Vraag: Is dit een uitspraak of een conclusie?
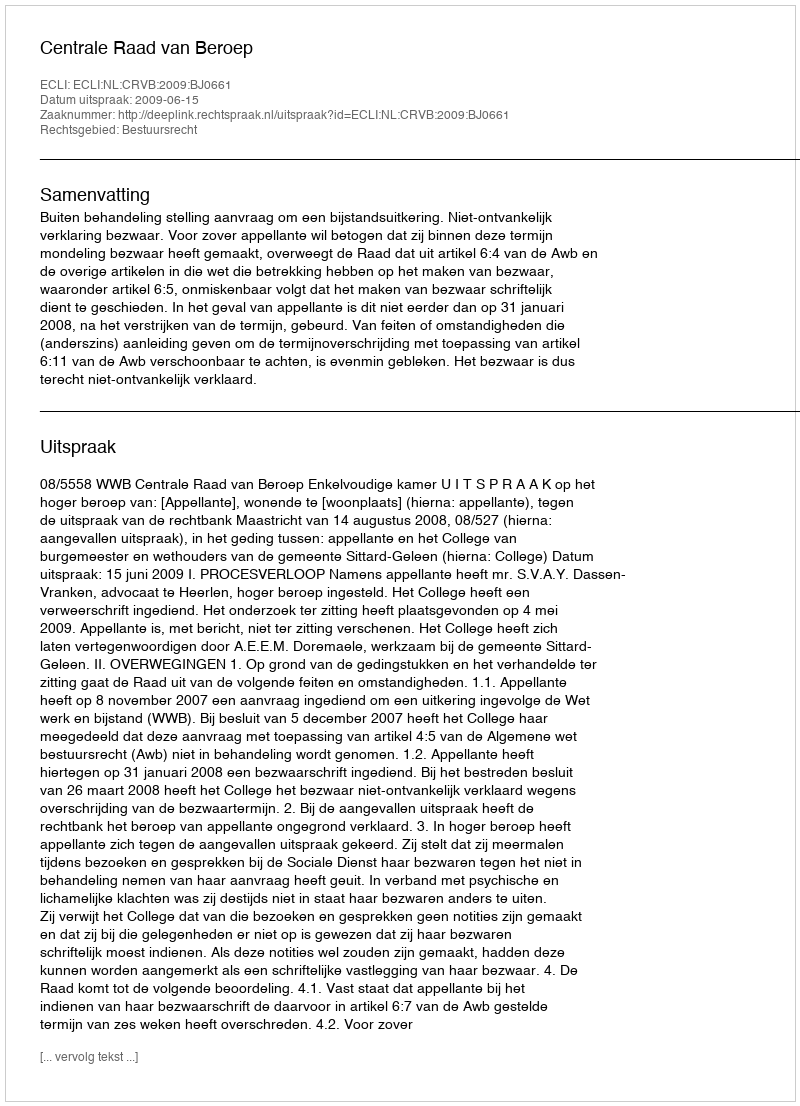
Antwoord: Uitspraak